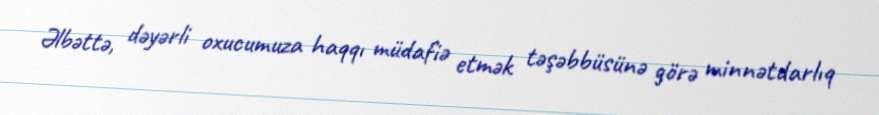
Əlbəttə, dəyərli oxucumuza haqqı müdafiə etmək təşəbbüsünə görə minnətdarlıq